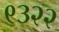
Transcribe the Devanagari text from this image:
९३२२